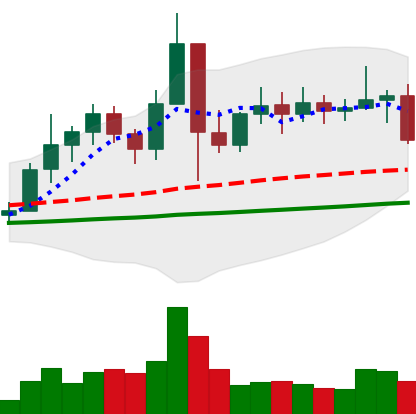
Ticker: ETC-USD
Chart end date: 2021-01-21
Forward return: 4.625%
Label: up_3_5